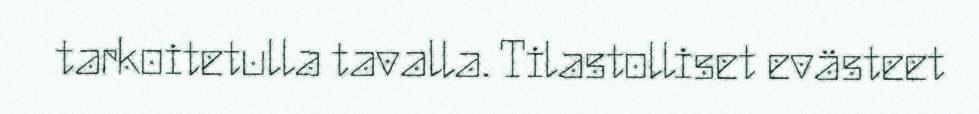
tarkoitetulla tavalla. Tilastolliset evästeet